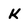
Character: K